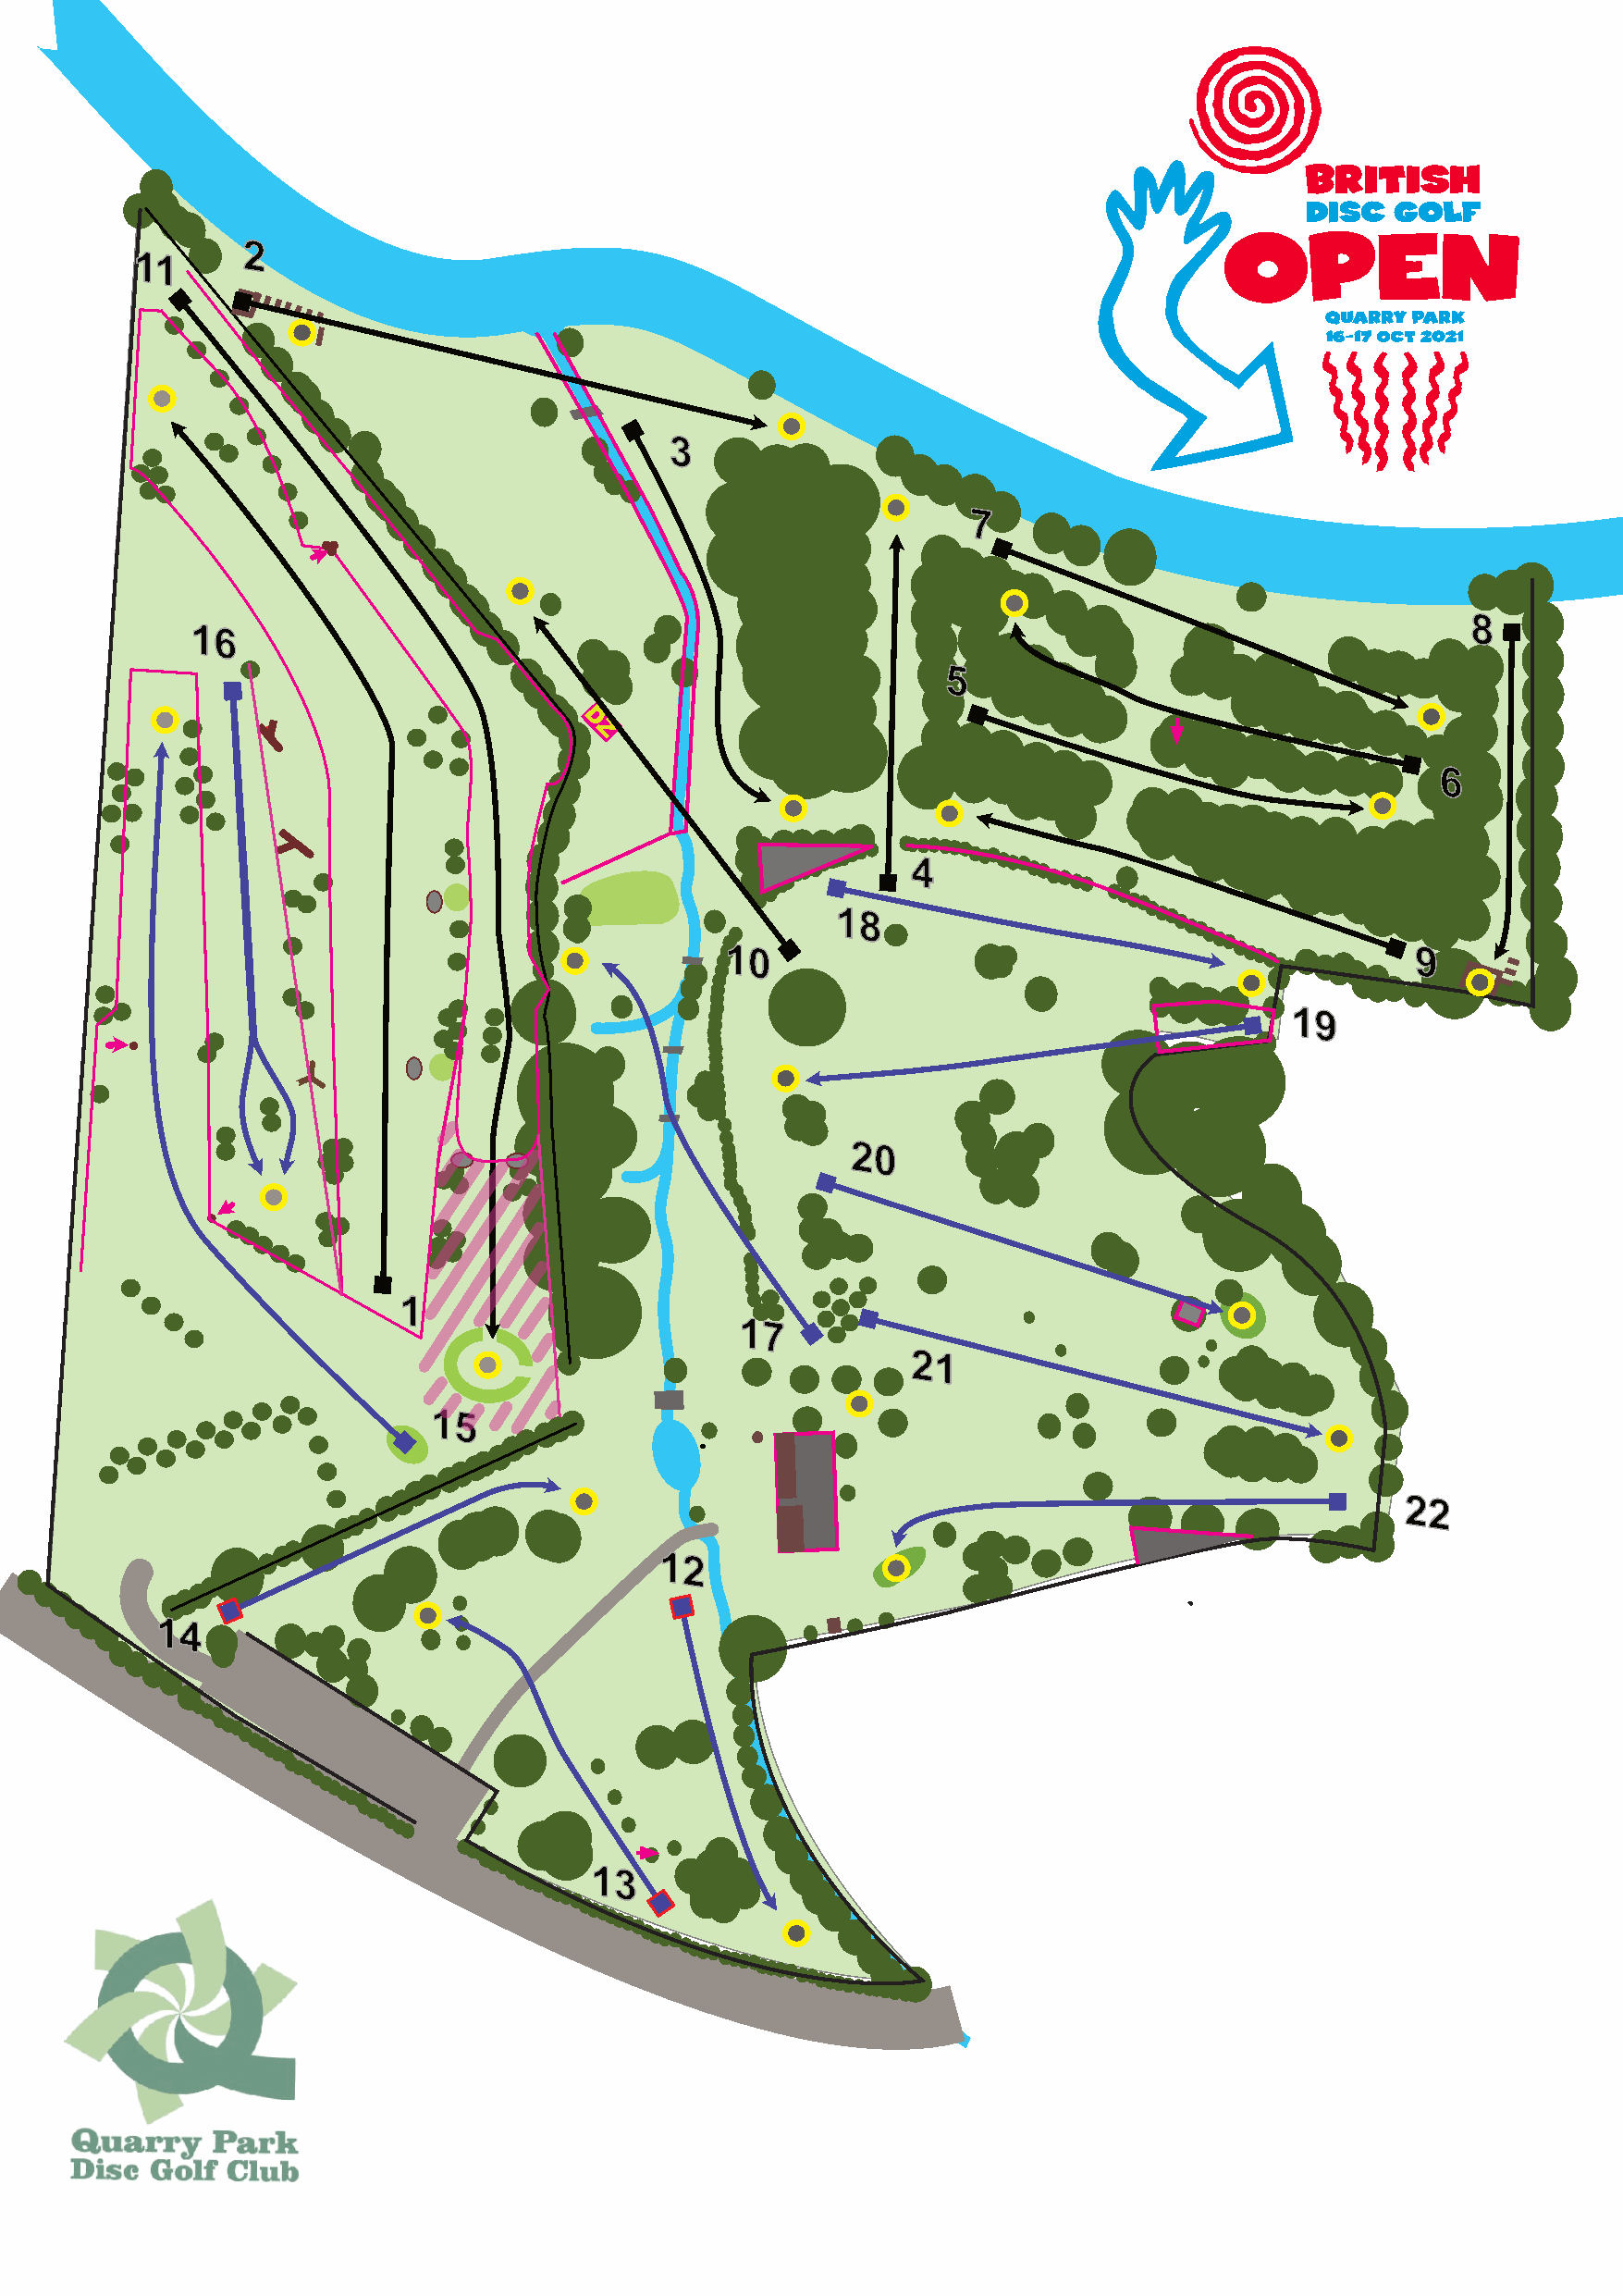
2
 11
 3                    PMS
 299C
 DISC: Approx 212mm diameter
 P7MS
 185C                                                        PRINT AREA: 94mm (W) by 95mm (D)
 8
 16
 5
 D
 Z
 6
 4
 18
 10                                               9
 19
 20
 1
 17
 21
 15
 22
 12
 14
 13